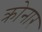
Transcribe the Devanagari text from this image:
क्रोनार